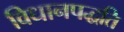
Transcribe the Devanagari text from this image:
विधानपद्धति